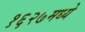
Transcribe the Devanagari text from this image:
१६२७मध्ये